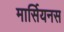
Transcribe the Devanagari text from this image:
मार्सियनस